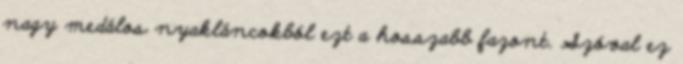
nagy medálos nyakláncokból ezt a hosszabb fazont. Szóval ez